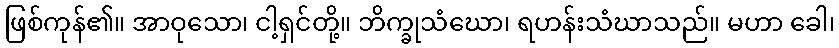
ဖြစ်ကုန်၏။ အာဝုသော၊ ငါ့ရှင်တို့။ ဘိက္ခုသံဃော၊ ရဟန်းသံဃာသည်။ မဟာ ခေါ၊